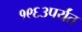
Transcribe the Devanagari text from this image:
१९६३पर्यंत